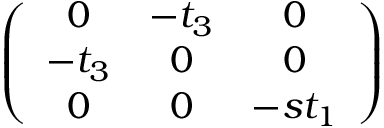
\begin{array} { r } { \left( \begin{array} { c c c } { 0 } & { - t _ { 3 } } & { 0 } \\ { - t _ { 3 } } & { 0 } & { 0 } \\ { 0 } & { 0 } & { - s t _ { 1 } } \end{array} \right) } \end{array}